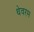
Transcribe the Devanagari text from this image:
थेवरम